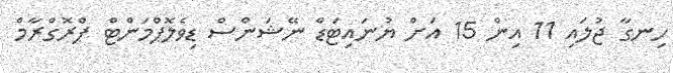
ހިނގާ ޖުލައި 11 އިން 15 އަށް ޔުނައިޓަޑް ނޭޝަންސް ޑިވެލޮޕްމަންޓް ޕްރޮގްރާމް